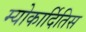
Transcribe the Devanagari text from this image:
म्योकार्दितिस